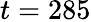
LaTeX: t=285